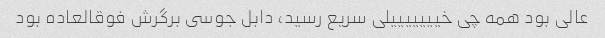
عالى بود همه چى خیییییییلى سریع رسید، دابل جوسى برگرش فوقالعاده بود